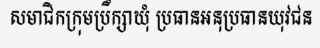
សមាជិកក្រុមប្រឹក្សាឃុំ ប្រធានអនុប្រធានយុវជន